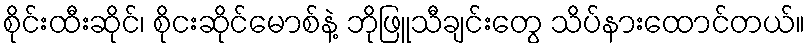
စိုင်းထီးဆိုင်၊ စိုငးဆိုင်မောစ်နဲ့ ဘိုဖြူသီချင်းတွေ သိပ်နားထောင်တယ်။